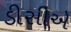
ડીસીએ